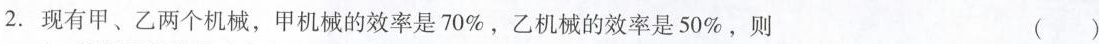
2.现有甲、乙两个机械，甲机械的效率是70%，乙机械的效率是50%，则 ( )